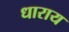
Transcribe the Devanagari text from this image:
धाराय